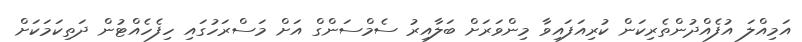
އަމިއްލަ އުފެއްދުންތެރިކަން ކުރިއަފައިވާ މިންވަރަށް ބަލާއިރު ސެމްސަންގް އަށް މަސްރަހުގައި ހިފެހެއްޓުން ދަތިކަމަކަށް